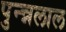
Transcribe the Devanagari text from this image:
पुन्न्नलाल